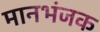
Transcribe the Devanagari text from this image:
मानभंजक